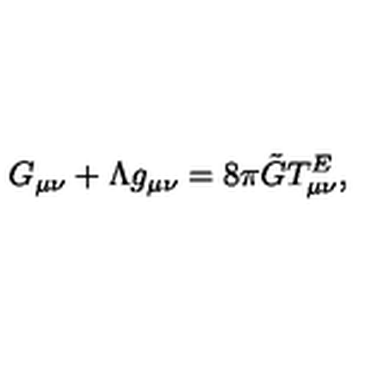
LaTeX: G _ { \mu \nu } + \Lambda g _ { \mu \nu } = 8 \pi \tilde { G } T _ { \mu \nu } ^ { E } ,